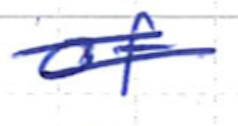
Text: of
Cross-out: mix
Writing tool: ballpoint